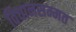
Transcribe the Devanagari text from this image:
विधानसम्मत